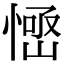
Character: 𢞳